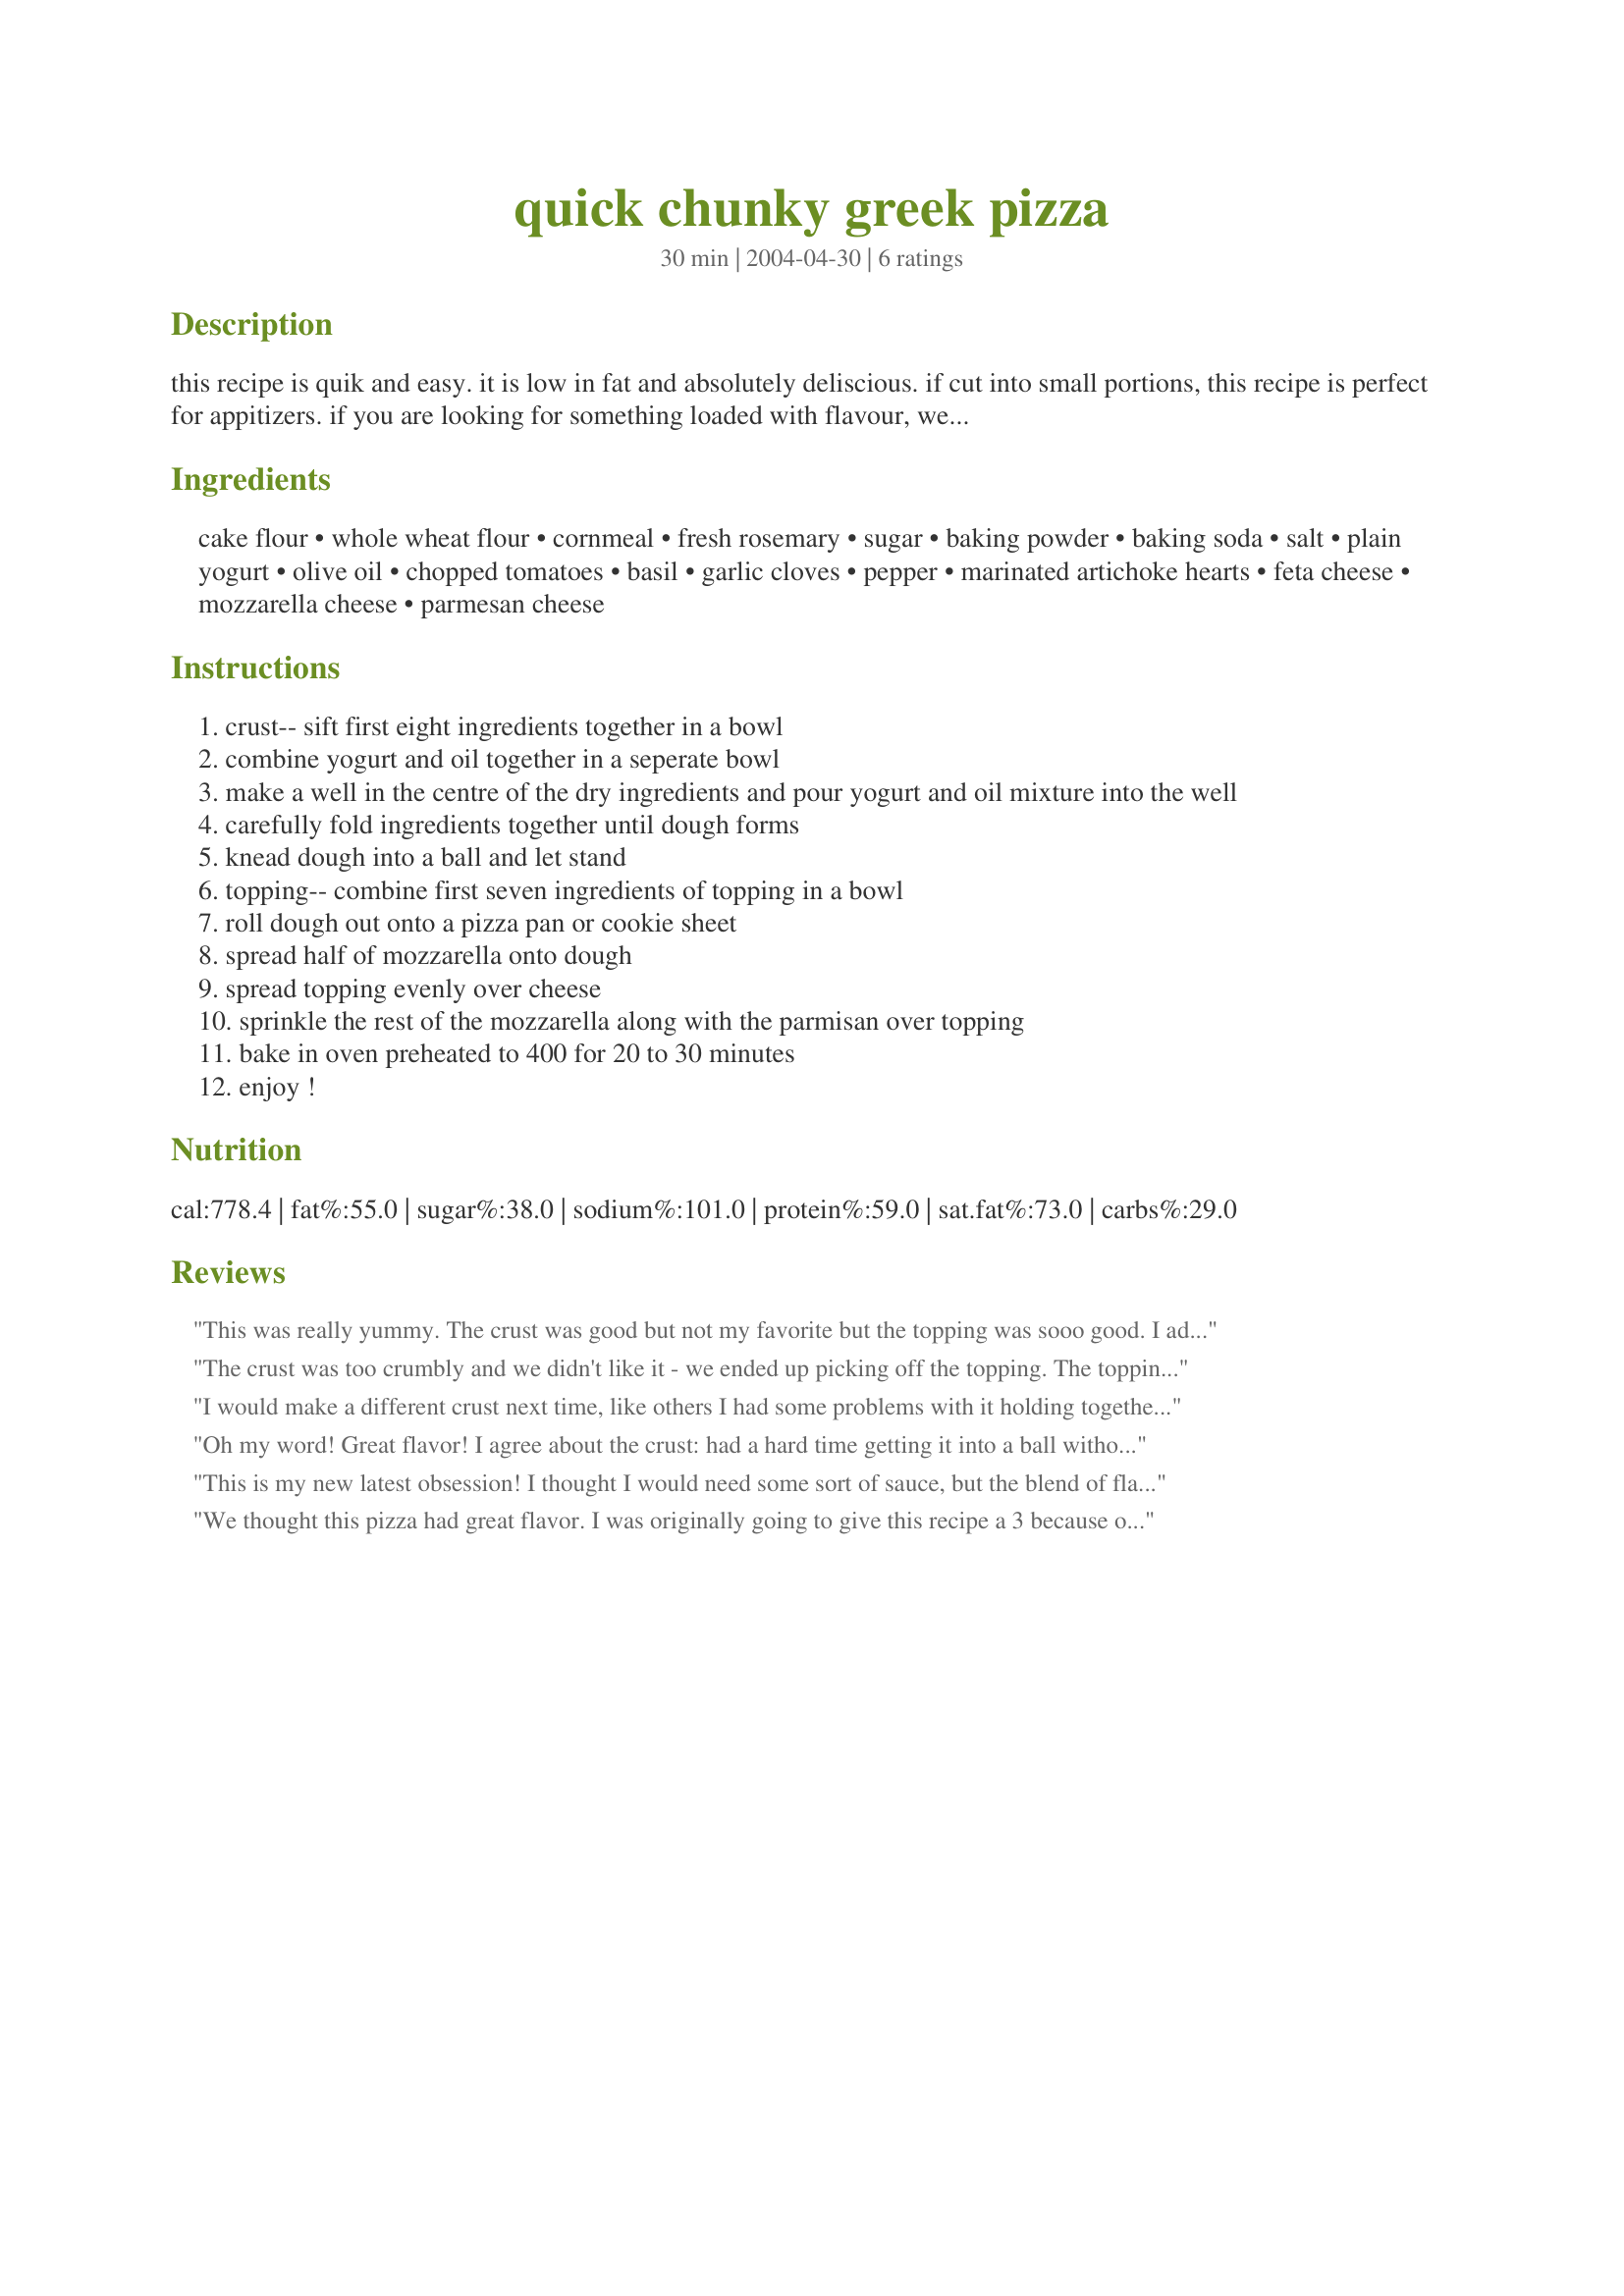
quick chunky greek pizza
Preparation time: 30 minutes

this recipe is quik and easy. it is low in fat and absolutely deliscious. if cut into small portions, this recipe is perfect for appitizers. if you are looking for something loaded with flavour, well, you have found the right recipe.

Ingredients:
cake flour, whole wheat flour, cornmeal, fresh rosemary, sugar, baking powder, baking soda, salt, plain yogurt, olive oil, chopped tomatoes, basil, garlic cloves, pepper, marinated artichoke hearts, feta cheese, mozzarella cheese, parmesan cheese

Steps:
crust-- sift first eight ingredients together in a bowl
combine yogurt and oil together in a seperate bowl
make a well in the centre of the dry ingredients and pour yogurt and oil mixture into the well
carefully fold ingredients together until dough forms
knead dough into a ball and let stand
topping-- combine first seven ingredients of topping in a bowl
roll dough out onto a pizza pan or cookie sheet
spread half of mozzarella onto dough
spread topping evenly over cheese
sprinkle the rest of the mozzarella along with the parmisan over topping
bake in oven preheated to 400 for 20 to 30 minutes
enjoy !

Reviews:
This was really yummy. The crust was good but not my favorite but the topping was sooo good. I added mushrooms to the mix and topped it off with yellow bell pepper and red onion. I will definatly make this again and again but I may change the crust a little. I prefer a bubbly crust but this was quick and easy! Thanks for posting
The crust was too crumbly and we didn't like it - we ended up picking off the topping. The topping was REALLY good! We were out of fresh tomatoes so we used canned and cut them up, but it was fine. The crust was the problem for us - we had to add stuff to make it work and it was just not good - the cornmeal ruined it. Next time we make this, we'll use the toppings and a prepared crust.
I would make a different crust next time, like others I had some problems with it holding together, even after adding extra oil & yogurt. But the flavor! YUM! I'm always looking for vegetarian recipes that will fly under my meat-happy family's radar, and with another crust, this is going in my rotation.
Oh my word! Great flavor! I agree about the crust: had a hard time getting it into a ball without it flaking apart. I rolled it and baked it on a stone. I didn't have fresh basil, so I used 2 Tbls dried basil. I also added chicken. Super yummy, but took a bit longer to prepare due to the crust issue. Delicious!
This is my new latest obsession! I thought I would need some sort of sauce, but the blend of flavors in this hold their own! Great with a glass of red wine.. wow!!
We thought this pizza had great flavor. I was originally going to give this recipe a 3 because of the problems I had with prep but the flavor made us give it a four. I did not think it was "quick" - even considering that I was making this for the first time. I had problems with the crust. It was so crumbly that I couldn't get it to form a ball. So I had to add more oil and yogurt. And then I had a difficult time rolling out the crust. I was super frustrated at this point. Everything else was easy. I baked my pizza on a stone and the cheese melted over (onto my oven floor) a lot. But the taste was wonderful. It is a great vegetarian meal but I wouldn't call it quick.
